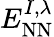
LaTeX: E_{\textrm{NN}}^{I,\lambda}